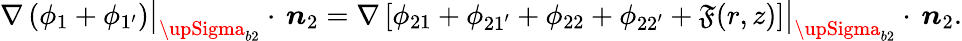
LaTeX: \nabla\left(\phi_{1}+\phi_{1^{\prime}}\right)\big|_{{\upSigma}_{b2}}\cdot\, \boldsymbol{n}_{2}=\nabla\left[\phi_{21}+\phi_{21^{\prime}}+\phi_{22}+\phi_{22^{\prime}}+\mathfrak{F}(r,z)\right]\big|_{{\upSigma}_{b2}}\cdot\, \boldsymbol{n}_{2}.